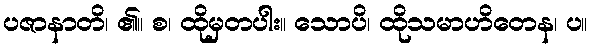
ပဇာနာတိ၊ ၏။ စ၊ ထိုမှတပါး။ သောပိ၊ ထိုသမာဟိတေန၊ ပ။